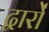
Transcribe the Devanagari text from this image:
द्वार्रों